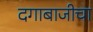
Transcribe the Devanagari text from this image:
दगाबाजीचा